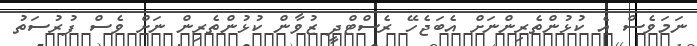
ނަމަވެސް އެ ކުޅުންތެރިންނަށް އެބަޖެހޭ ރެސްޓްދީ ޒުވާން ކުޅުންތެރިން ނަށް ވެސް ފުރުސަތު